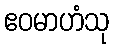
ဧဝမာဟံသု